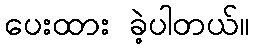
ပေးထား ခဲ့ပါတယ်။